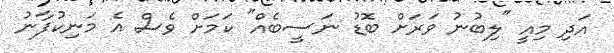
އަދި މިއީ "ލިބުނު ވަރަށް ބޮޑު ނަސީބެއް" ކަމަށް ވެސް އެ މަނިކުފާނު